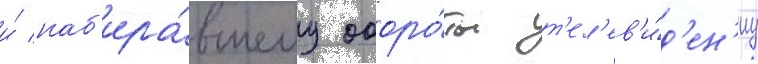
и́ наб'ира́вшему оборо́ты т'ел'ев'и́д'ен'иу